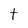
Character: T